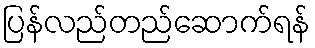
ပြန်လည်တည်ဆောက်ရန်